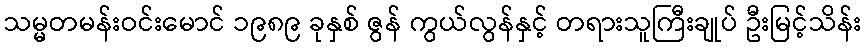
သမ္မတမန်းဝင်းမောင် ၁၉၈၉ ခုနှစ် ဇွန် ကွယ်လွန်နှင့် တရားသူကြီးချုပ် ဦးမြင့်သိန်း